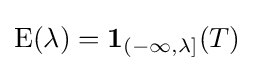
\operatorname {E} (\lambda )=\mathbf {1} _{(-\infty ,\lambda ]}(T)